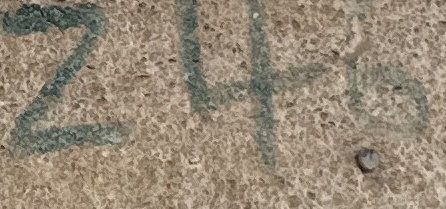
z40